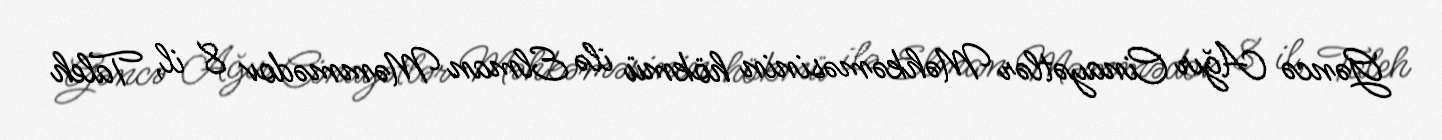
Gəncə Ağır Cinayətlər Məhkəməsinin hökmü ilə Elman Məmmədov 8 il, Taleh